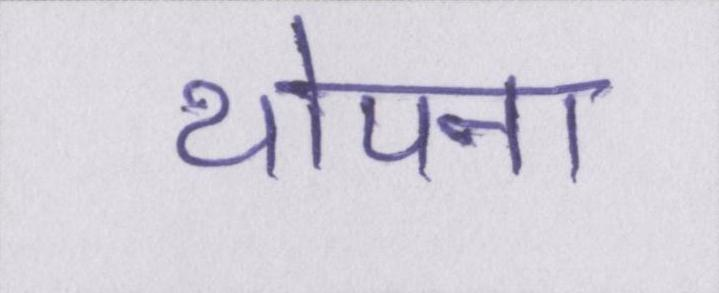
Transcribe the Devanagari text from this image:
थोपना